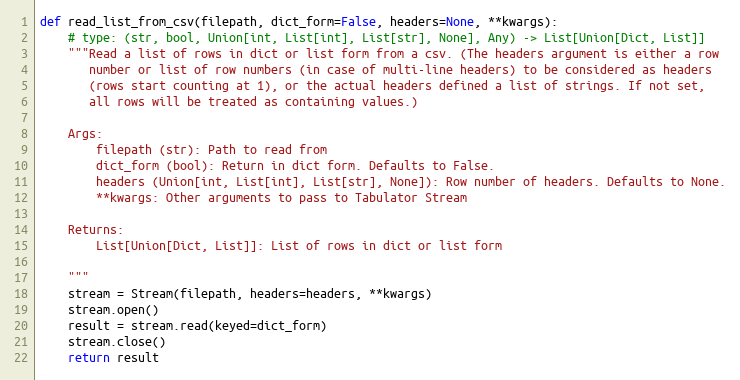
Language: Python
def read_list_from_csv(filepath, dict_form=False, headers=None, **kwargs):
    # type: (str, bool, Union[int, List[int], List[str], None], Any) -> List[Union[Dict, List]]
    """Read a list of rows in dict or list form from a csv. (The headers argument is either a row
       number or list of row numbers (in case of multi-line headers) to be considered as headers
       (rows start counting at 1), or the actual headers defined a list of strings. If not set,
       all rows will be treated as containing values.)

    Args:
        filepath (str): Path to read from
        dict_form (bool): Return in dict form. Defaults to False.
        headers (Union[int, List[int], List[str], None]): Row number of headers. Defaults to None.
        **kwargs: Other arguments to pass to Tabulator Stream

    Returns:
        List[Union[Dict, List]]: List of rows in dict or list form

    """
    stream = Stream(filepath, headers=headers, **kwargs)
    stream.open()
    result = stream.read(keyed=dict_form)
    stream.close()
    return result